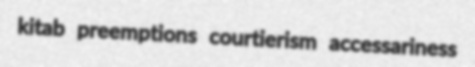
kitab preemptions courtierism accessariness